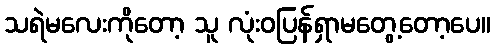
သရဲမလေးကိုတော့ သူ လုံးဝပြန်ရှာမတွေ့တော့ပေ။